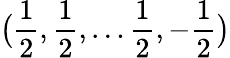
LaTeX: {\bigl(}{\frac{1}{2}},{\frac{1}{2}},\ldots{\frac{1}{2}},-{\frac{1}{2}}{\bigr)}